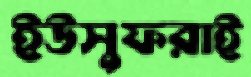
ইউসুফরাই